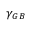
\gamma _ { G B }